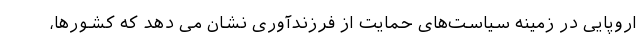
اروپایی در زمینه سیاست‌های حمایت از فرزندآوری نشان می دهد که کشورها،